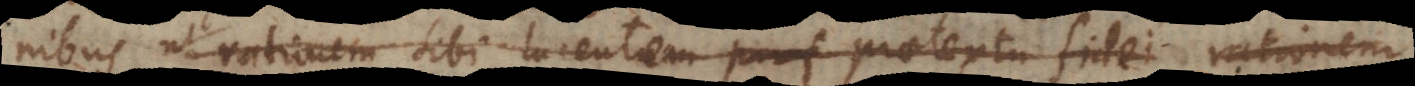
nibus ut rationem sibi lucentem praetextu fidei extin